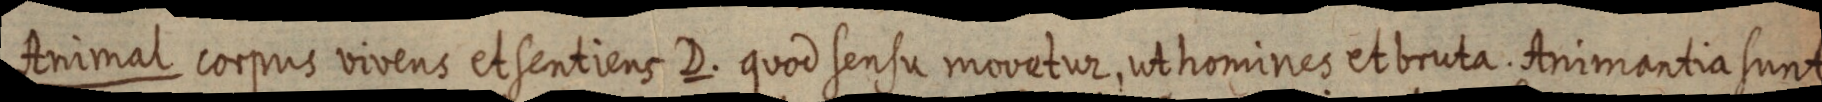
Animal corpus vivens et sentiens D. quod sensu movetur, ut homines et bruta. Animantia sunt